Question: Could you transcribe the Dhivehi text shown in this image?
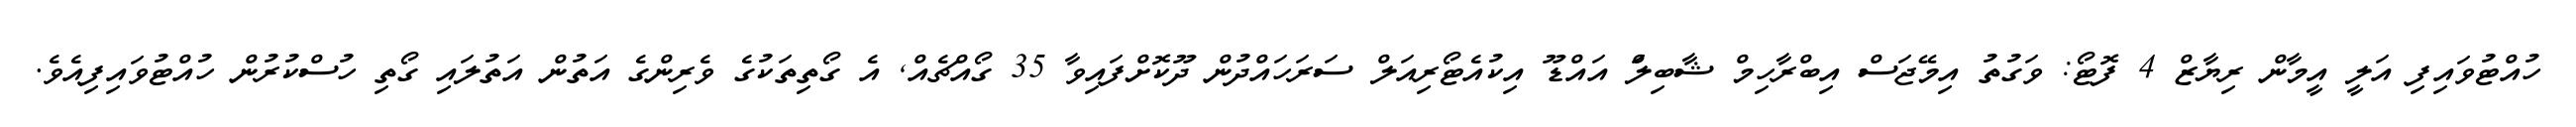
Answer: ހުއްޓުވައިފި އަލީ އީމާން ރިޔާޒް 4 ފޮޓޯ: ވަގުތު އިމޭޖަސް އިބްރާހިމް ޝާބިލްަ އައްޑޫ އިކުއެޓޯރިއަލް ސަރަހައްދުން ދޫކޮށްފައިވާ 35 ގޯއްޗެއް, އެ ގޯތިތަކުގެ ވެރިންގެ އަތުން އަތުލައި ގޯތި ހުސްކުރުން ހުއްޓުވައިފިއެވެ.